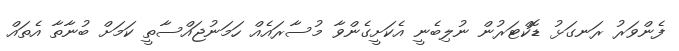
ފެންވަރު ރަނގަޅު ޑޮކްޓަރުން ނުލިބެނީ އެކަށީގެންވާ މުސާރައެއް ހަމަނުޖައްސާތީ ކަމަށް ބުނާތާ އެތައް